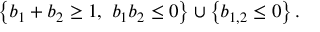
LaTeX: \left\{ b _ { 1 } + b _ { 2 } \geq 1 , \ b _ { 1 } b _ { 2 } \leq 0 \right\} \cup \left\{ b _ { 1 , 2 } \leq 0 \right\} .